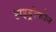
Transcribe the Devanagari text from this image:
हाइड्रोफोन